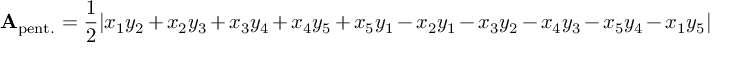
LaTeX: \mathbf { A } _ { \mathrm { p e n t . } } = { \frac { 1 } { 2 } } | x _ { 1 } y _ { 2 } + x _ { 2 } y _ { 3 } + x _ { 3 } y _ { 4 } + x _ { 4 } y _ { 5 } + x _ { 5 } y _ { 1 } - x _ { 2 } y _ { 1 } - x _ { 3 } y _ { 2 } - x _ { 4 } y _ { 3 } - x _ { 5 } y _ { 4 } - x _ { 1 } y _ { 5 } |